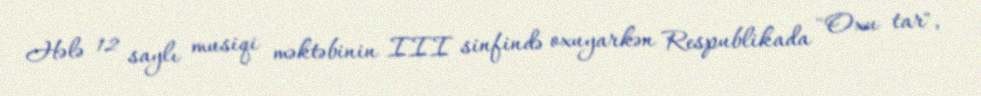
Hələ 12 saylı musiqi məktəbinin III sinfində oxuyarkən Respublikada "Oxu tar",